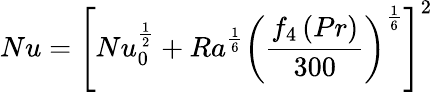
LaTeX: Nu=\left[Nu_{0}^{\frac{1}{2}}+Ra^{\frac{1}{6}}\left({\frac{f_{4}\left(Pr\right)}{300}}\right)^{\frac{1}{6}}\right]^{2}